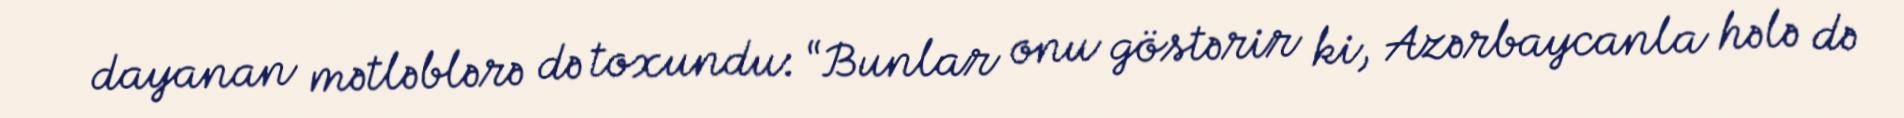
dayanan mətləblərə də toxundu: “Bunlar onu göstərir ki, Azərbaycanla hələ də